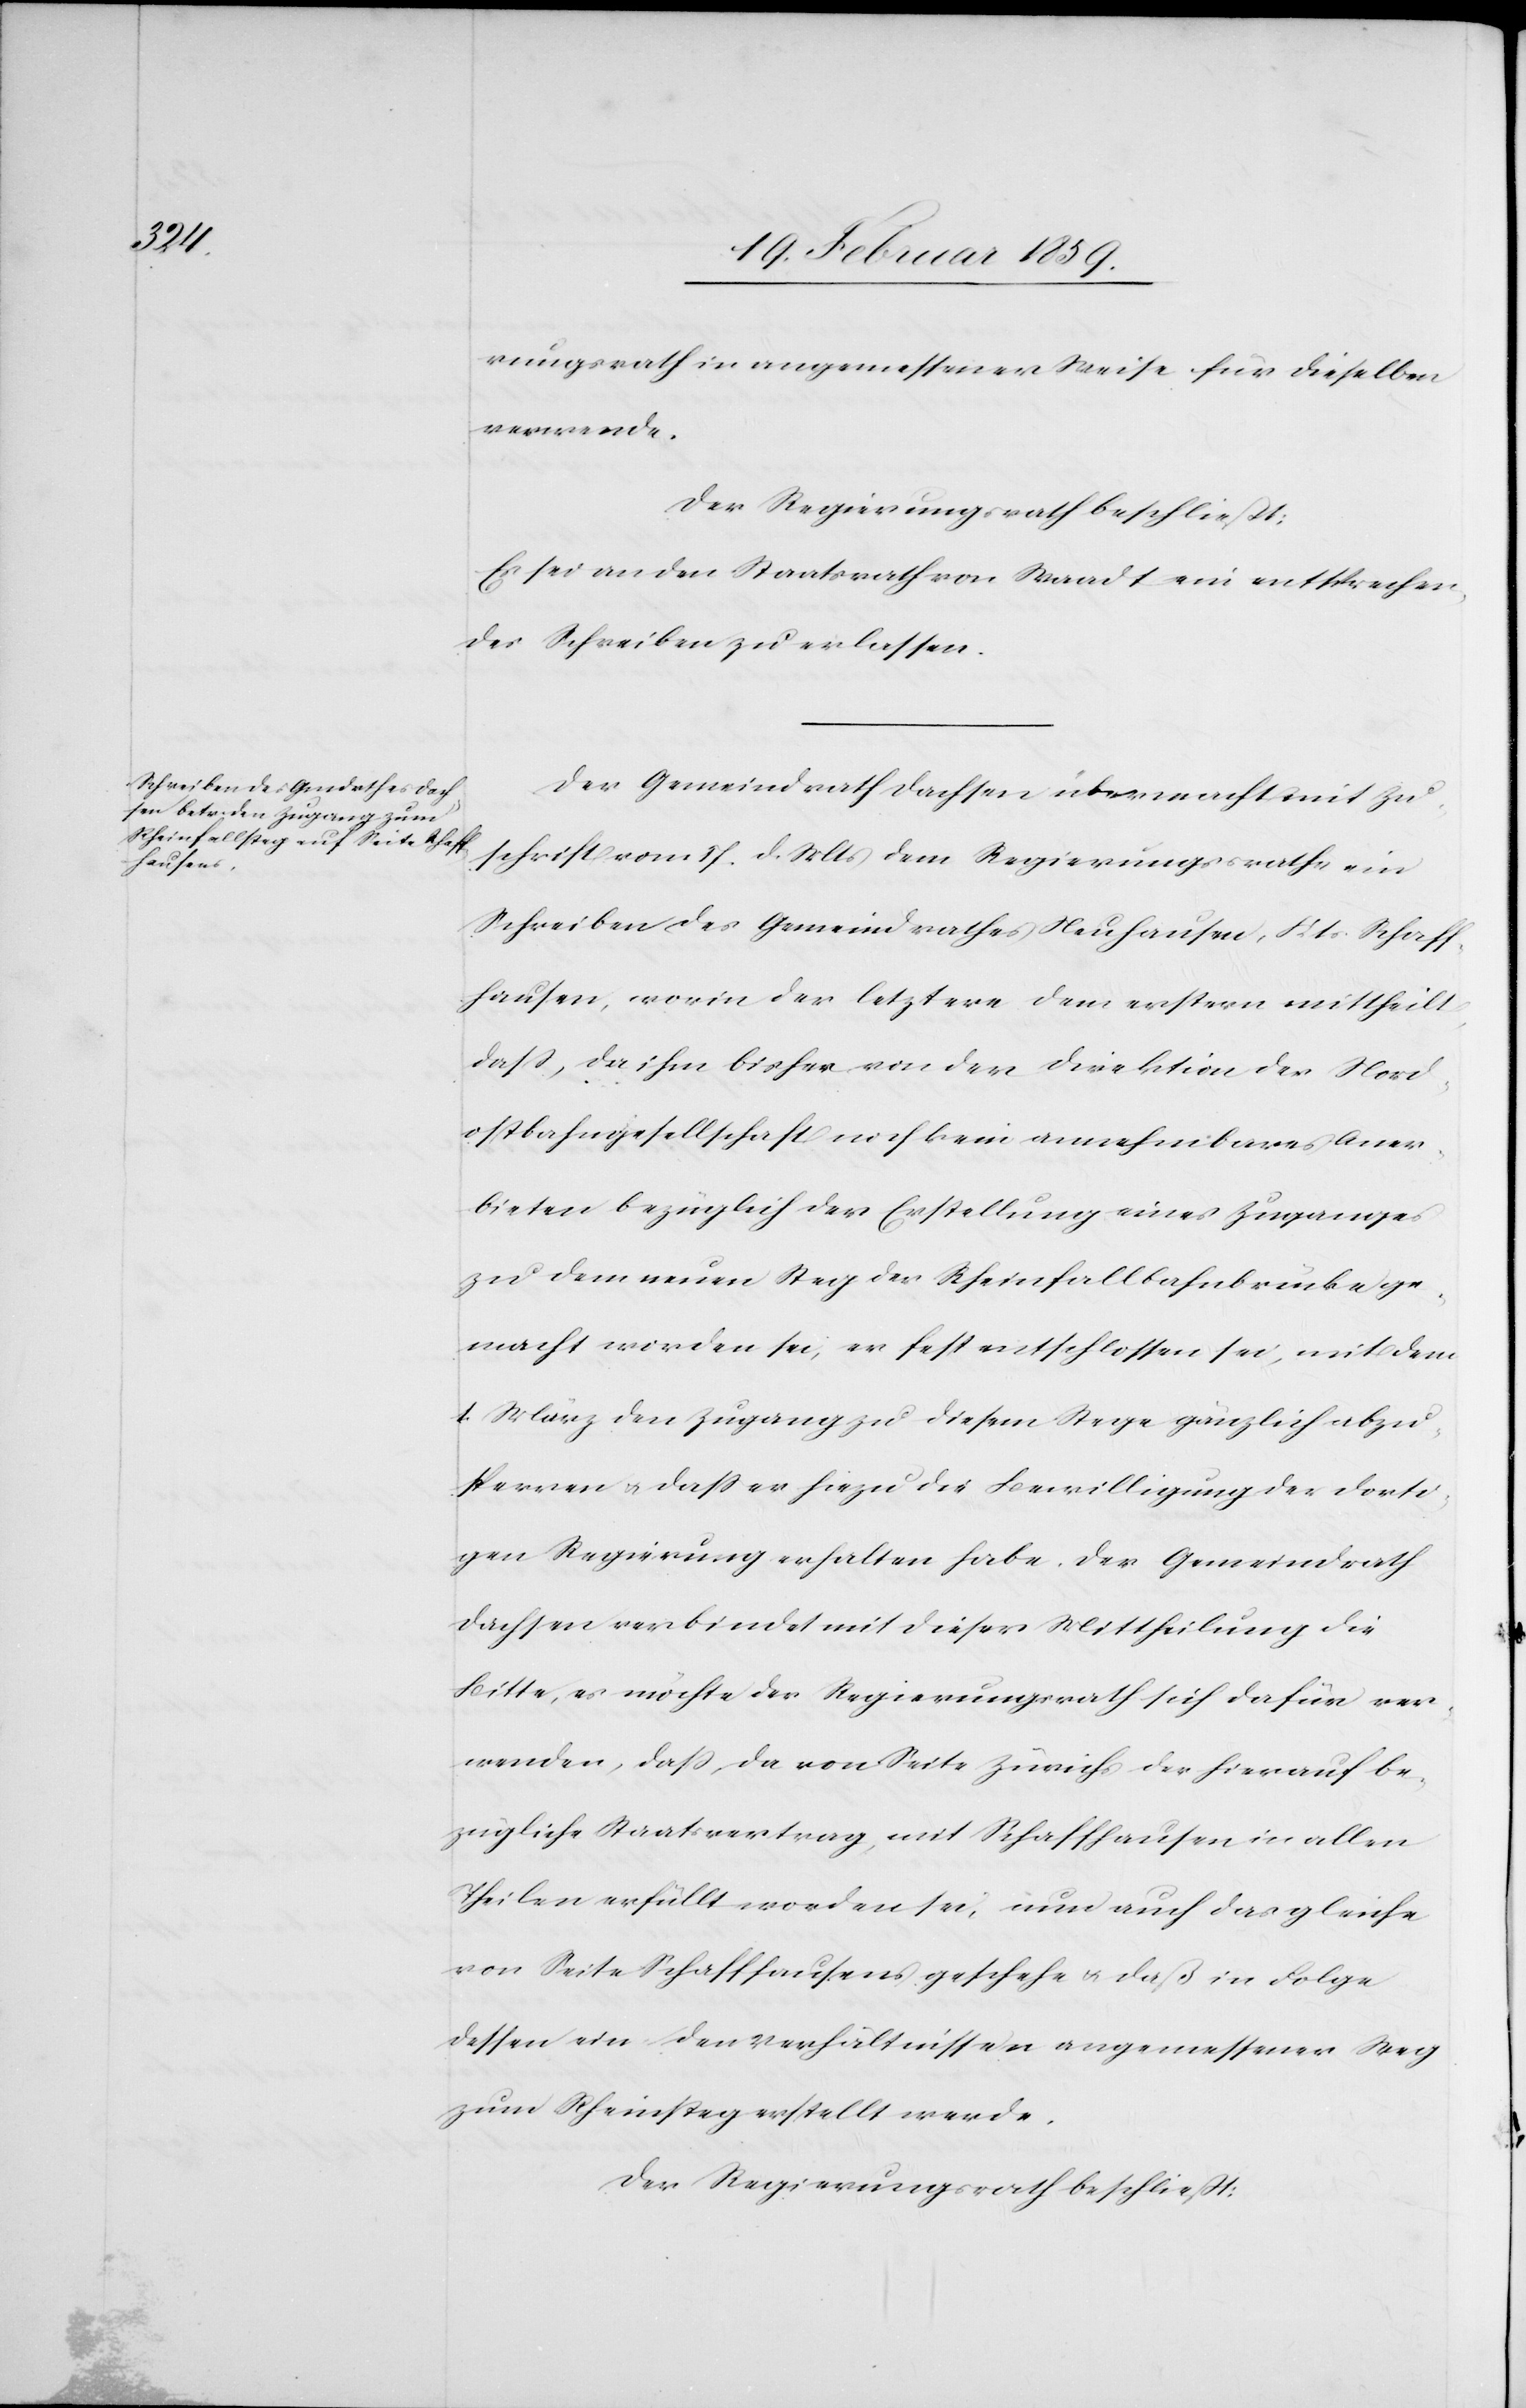
rungsrath in angemessener Weise für dieselben
verwende.
Der Regierungsrath beschließt:
Es sei an den Staatsrath von Waadt ein entsprechen¬
des Schreiben zu erlassen.
Der Gemeindrath Dachsen übermacht mit Zu¬
schrift vom 17. d. Mts dem Regierungsrathe ein
Schreiben des Gemeindrathes Neuhausen, Kts. Schaff¬
hausen, worin der letztere dem erstern mittheilt,
daß, da ihm bisher von der Direktion der Nord¬
ostbahngesellschaft noch kein annehmbares Aner¬
bieten bezüglich der Erstellung eines Zuganges
zu dem neuen Stege der Rheinfallbahnbrücke ge¬
macht worden sei, er fest entschlossen sei, mit dem
1. März den Zugang zu diesem Stege gänzlich abzu¬
sperren u. daß er hiezu die Bewilligung der dorti¬
gen Regierung erhalten habe. Der Gemeindrath
Dachsen verbindet mit dieser Mittheilung die
Bitte, es möchte der Regierungsrath sich dafür ver¬
wenden, daß da von Seite Zürichs der hierauf be¬
zügliche Staatsvertrag, mit Schaffhausen in allen
Theilen erfüllt worden sei, nun auch das gleiche
von Seite Schaffhausens geschehe u. daß in Folge
dessen ein den Verhältnissen angemessener Weg
zum Rheinsteg erstellt werde.
Der Regierungsrath beschließt: